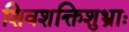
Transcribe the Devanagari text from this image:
शिवशक्तिशुभ्राः